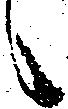
候